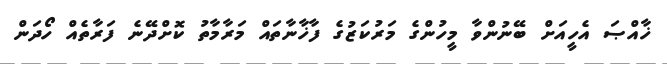
ޚާއްޞަ އެހީއަށް ބޭނުންވާ މީހުންގެ މަރުކަޒުގެ ފާޚާނާތައް މަރާމާތު ކޮށްދޭނެ ފަރާތެއް ހޯދަން